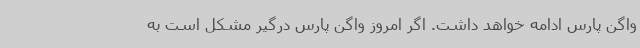
واگن پارس ادامه خواهد داشت. اگر امروز واگن پارس درگیر مشکل است به